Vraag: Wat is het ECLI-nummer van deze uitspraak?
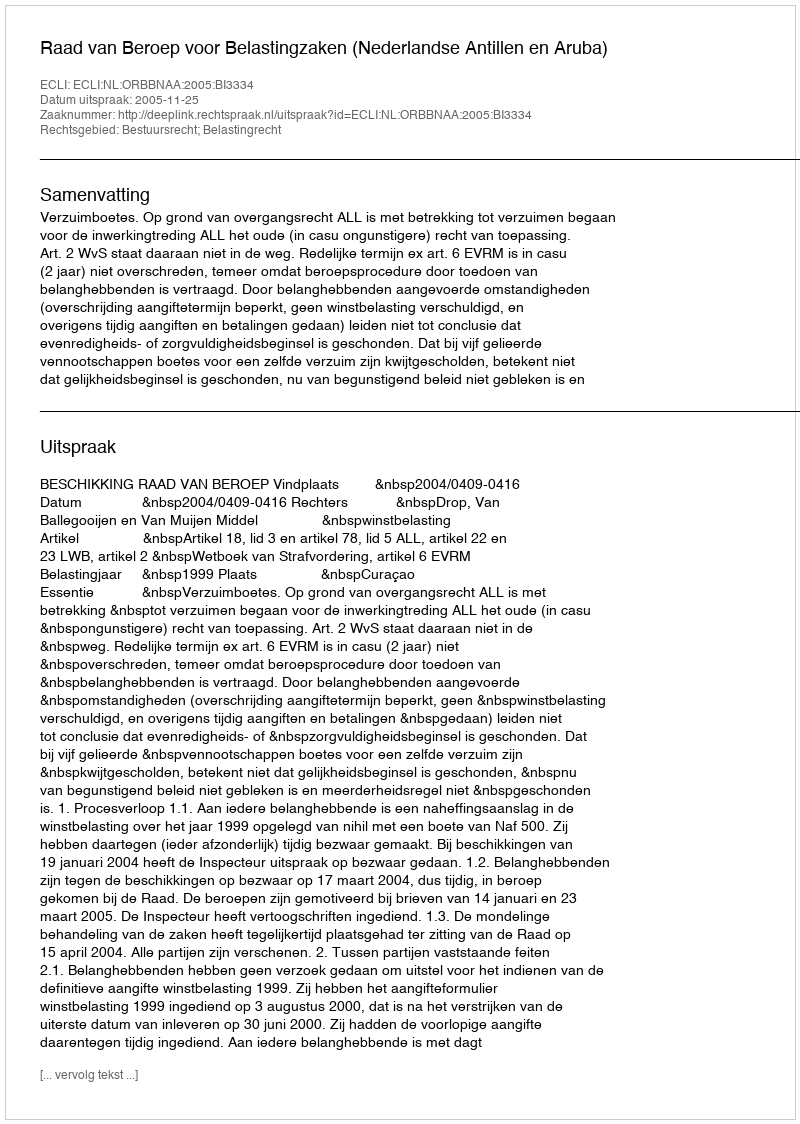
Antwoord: ECLI:NL:ORBBNAA:2005:BI3334